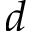
d